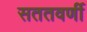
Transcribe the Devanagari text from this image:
सततवर्णी